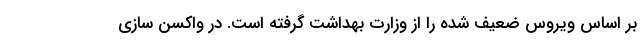
بر اساس ویروس ضعیف شده را از وزارت بهداشت گرفته است. در واکسن سازی